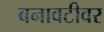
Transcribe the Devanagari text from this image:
बनावटीवर